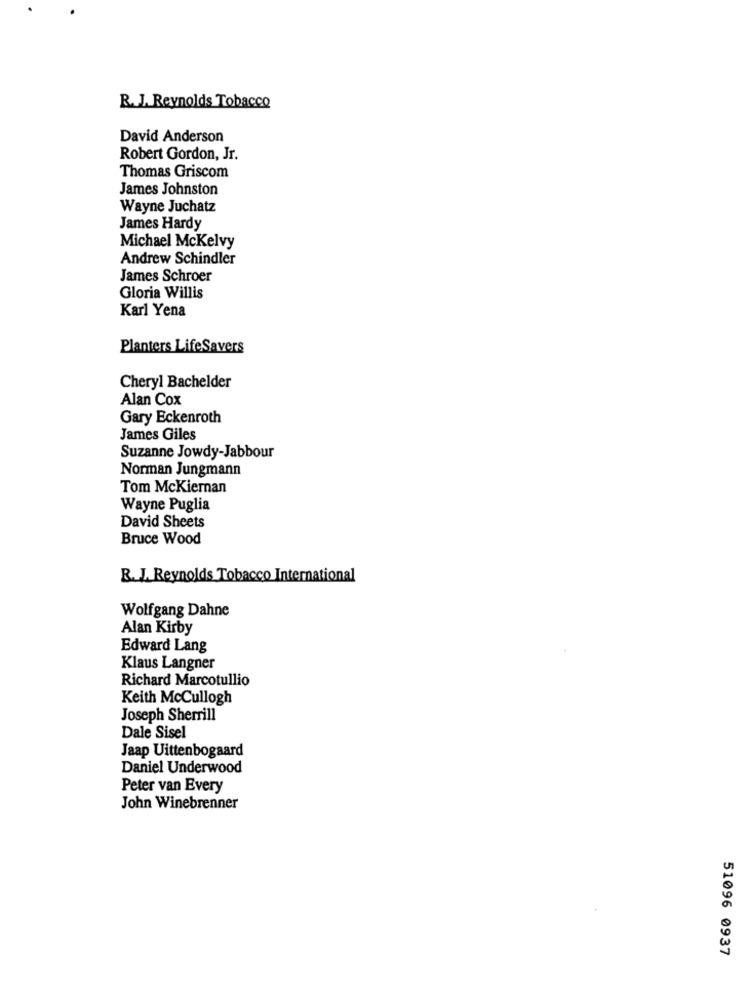
R. J. Reynolds Tobacco
David Anderson
Robert Gordon, Jr.
Thomas Griscom
James Johnston
Wayne Juchatz
James Hardy
Michael McKelvy
Andrew Schindler
James Schroer
Gloria Willis
Karl Yena
Planters LifeSavers
Cheryl Bachelder
Alan Cox
Gary Eckenroth
James Giles
Suzanne Jowdy-Jabbour
Norman Jungmann
Tom McKiernan
Wayne Puglia
David Sheets
Bruce Wood
R. J. Reynolds Tobacco International
Wolfgang Dahne
Alan Kirby
Edward Lang
Klaus Langner
Richard Marcotullio
Keith McCullogh
Joseph Sherrill
Dale Sisel
Jaap Uittenbogaard
Daniel Underwood
Peter van Every
John Winebrenner
51096 0937